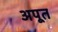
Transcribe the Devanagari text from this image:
अपूत